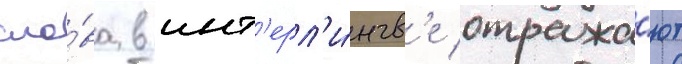
сло́ва в инт'ерл'и́нгв'е отража́ют